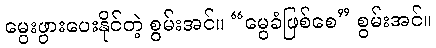
မွေးဖွားပေးနိုင်တဲ့ စွမ်းအင်။ “မွေခံဖြစ်စေ” စွမ်းအင်။